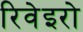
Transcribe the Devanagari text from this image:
रिवेइरो